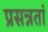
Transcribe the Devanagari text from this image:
प्रसन्नतां